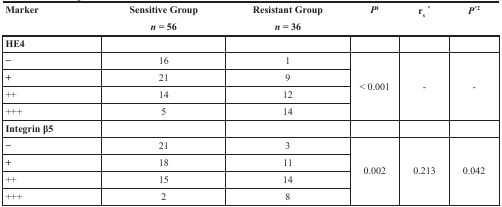
| <ROWSPAN=2> Marker | Sensitive Group | Resistant Group | <ROWSPAN=2> P1 | <ROWSPAN=2> rs* | <ROWSPAN=2> P*2 |
 | n = 56 | n = 36 |
 | --- | --- | --- | --- | --- | --- |
 | HE4 |  |  |  |  |  |
 | − | 16 | 1 | <ROWSPAN=4> < 0.001 | <ROWSPAN=4> - | <ROWSPAN=4> - |
 | + | 21 | 9 |
 | ++ | 14 | 12 |
 | +++ | 5 | 14 |
 | Integrin β5 |  |  |  |  |  |
 | − | 21 | 3 | <ROWSPAN=4> 0.002 | <ROWSPAN=4> 0.213 | <ROWSPAN=4> 0.042 |
 | + | 18 | 11 |
 | ++ | 15 | 14 |
 | +++ | 2 | 8 |